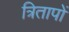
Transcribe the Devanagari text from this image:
त्रितापों